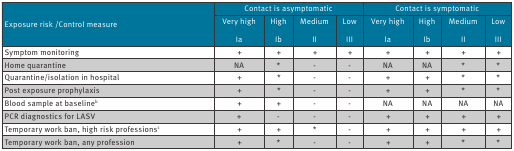
| <ROWSPAN=2> Exposure risk /Control measure | <COLSPAN=4> Contact is asymptomatic | <COLSPAN=4> Contact is symptomatic |
 | Very highIa | HighIb | MediumII | LowIII | Very highIa | HighIb | MediumII | LowIII |
 | --- | --- | --- | --- | --- | --- | --- | --- | --- |
 | Symptom monitoring | + | + | + | + | + | + | + | + |
 | Home quarantine | NA | * | - | - | NA | NA | * | * |
 | Quarantine/isolation in hospital | + | * | - | - | + | + | * | * |
 | Post exposure prophylaxis | + | * | - | - | + | + | * | * |
 | Blood sample at baselineb | + | + | - | - | NA | NA | NA | NA |
 | PCR diagnostics for LASV | + | - | - | - | + | + | + | + |
 | Temporary work ban, high risk professionsc | + | + | * | - | + | + | + | + |
 | Temporary work ban, any profession | + | * | - | - | + | + | * | * |